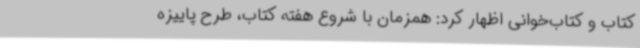
کتاب و کتاب‌خوانی اظهار کرد: همزمان با شروع هفته کتاب، طرح پاییزه